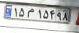
۱۵م۱۵۴۹۸